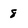
Character: 8